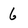
Character: 6